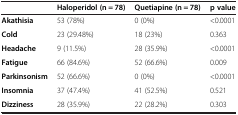
<table><thead><tr><td><b> </b></td><td><b>Haloperidol (n = 78)</b></td><td><b>Quetiapine (n = 78)</b></td><td><b>p value</b></td></tr></thead><tbody><tr><td><b>Akathisia</b></td><td>53 (78%)</td><td>0 (0%)</td><td>&lt;0.0001</td></tr><tr><td><b>Cold</b></td><td>23 (29.48%)</td><td>18 (23%)</td><td>0.363</td></tr><tr><td><b>Headache</b></td><td>9 (11.5%)</td><td>28 (35.9%)</td><td>&lt;0.0001</td></tr><tr><td><b>Fatigue</b></td><td>66 (84.6%)</td><td>52 (66.6%)</td><td>0.009</td></tr><tr><td><b>Parkinsonism</b></td><td>52 (66.6%)</td><td>0 (0%)</td><td>&lt;0.0001</td></tr><tr><td><b>Insomnia</b></td><td>37 (47.4%)</td><td>41 (52.5%)</td><td>0.521</td></tr><tr><td><b>Dizziness</b></td><td>28 (35.9%)</td><td>22 (28.2%)</td><td>0.303</td></tr></tbody></table>